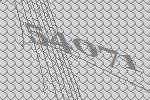
54071